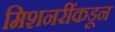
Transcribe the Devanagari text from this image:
मिशनरींकडून